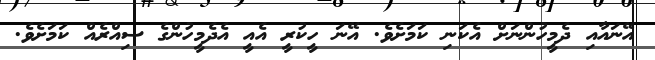
އޭނައާއި ދެމީހުންނަށް އެކަނި ކަމަށެވެ. އޭނަ ހީކުރީ އެއީ އެދެމީހުންގެ ސިއްރެއް ކަމަށެވެ.